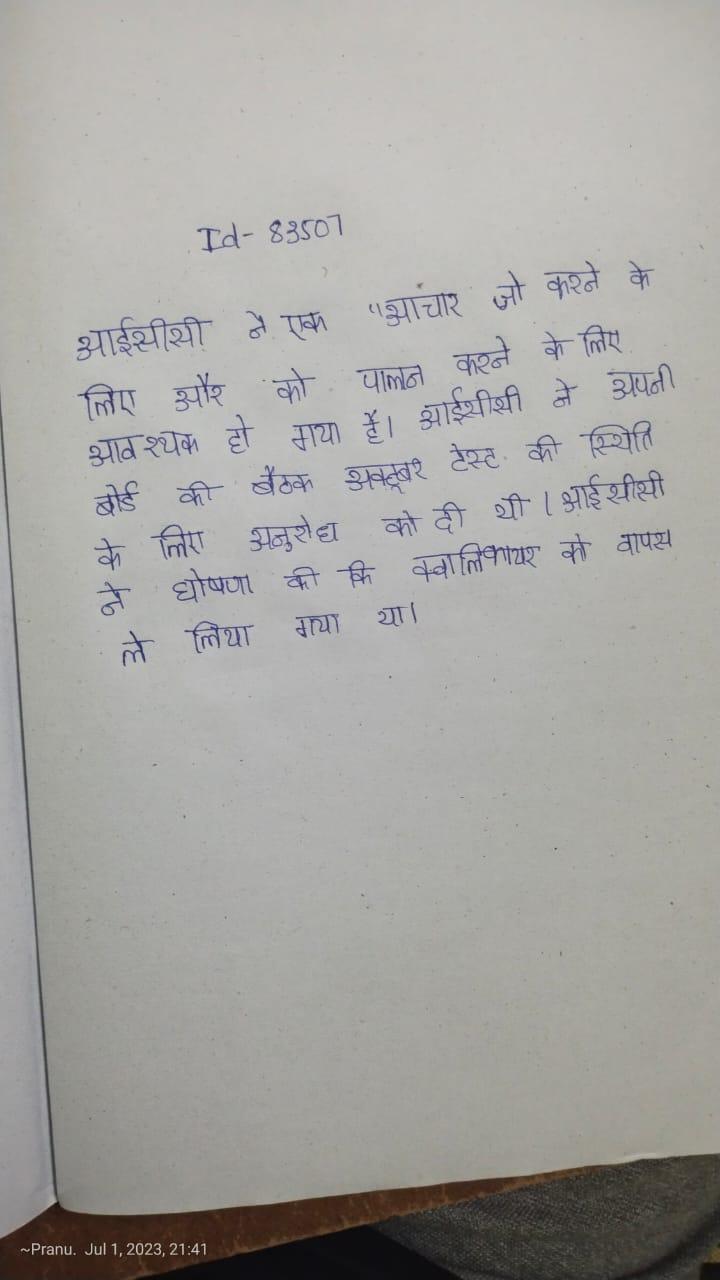
आईसीसी ने एक "आचार जो करने के लिए और को पालन करने के लिए आवश्यक हो गया है । आईसीसी ने अपनी बोर्ड की बैठक अक्टूबर टेस्ट की स्थिति के लिए अनुरोध को दी थी । आईसीसी ने घोषणा की कि क्वालिफायर को वापस ले लिया गया था ।